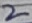
Text: 2